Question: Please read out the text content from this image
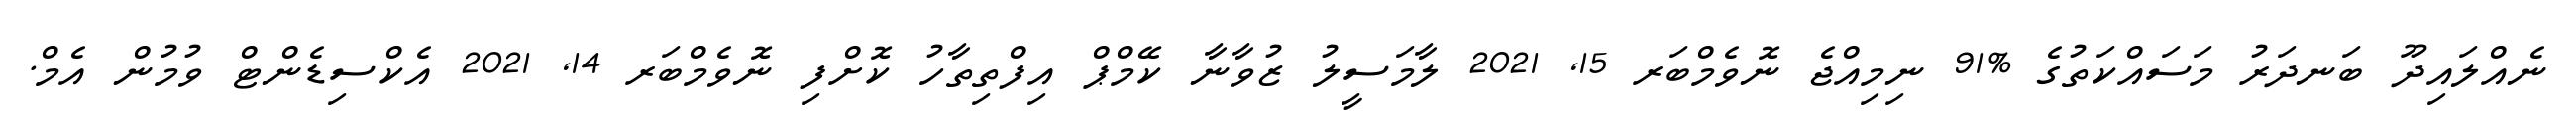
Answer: ނެއްލައިދޫ ބަނދަރު މަސައްކަތުގެ %91 ނިމިއްޖެ ނޮވެމްބަރ 15, 2021 ލާމަސީލު ޒުވާނާ ކޭމްޕް އިފްތިތާހު ކޮށްފި ނޮވެމްބަރ 14, 2021 އެކްސިޑެންޓް ވުމުން އެމް.